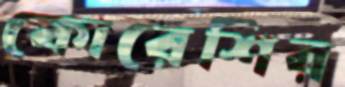
কোরেশির